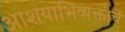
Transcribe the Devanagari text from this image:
आशयाभिव्यक्तीचे